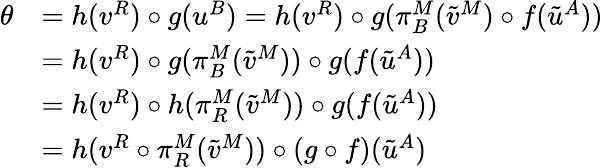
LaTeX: \begin{array}{rl}{\theta}&{=h(v^{R})\circ g(u^{B})=h(v^{R})\circ g(\pi_{B}^{M}(\tilde{v}^{M})\circ f(\tilde{u}^{A}))}\\ &{=h(v^{R})\circ g(\pi_{B}^{M}(\tilde{v}^{M}))\circ g(f(\tilde{u}^{A}))}\\ &{=h(v^{R})\circ h(\pi_{R}^{M}(\tilde{v}^{M}))\circ g(f(\tilde{u}^{A}))}\\ &{=h(v^{R}\circ\pi_{R}^{M}(\tilde{v}^{M}))\circ(g\circ f)(\tilde{u}^{A})}\end{array}